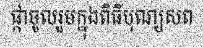
ផ្កាចូលរួមក្នុងពិធីបុណ្យសព